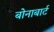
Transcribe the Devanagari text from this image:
बोनाबार्ट